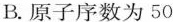
B.原子序数为50